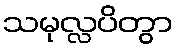
သမုလ္လပိတွာ